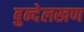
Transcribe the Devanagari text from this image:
बुन्देलखण